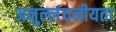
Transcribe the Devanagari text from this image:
अनुल्लंघनीयता